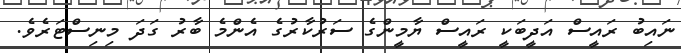
ނައިބު ރައީސް އަދީބަކީ ރައީސް ޔާމީންގެ ސަރުކާރުގެ އެންމެ ބާރު ގަދަ މިނިސްޓަރެވެ.